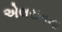
એલરાનના